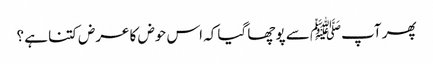
پھر آپﷺ سے پوچھا گیا کہ اس حوض کا عرض کتنا ہے ؟